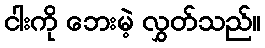
ငါးကို ဘေးမဲ့ လွှတ်သည်။